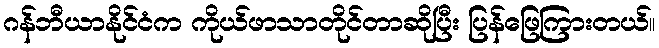
ဂန်ဘီယာနိုင်ငံက ကိုယ်ဖာသာတိုင်တာဆိုပြီး ပြန်ဖြေကြားတယ်။